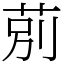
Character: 莂